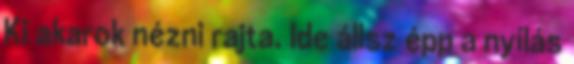
Ki akarok nézni rajta. Ide állsz épp a nyílás